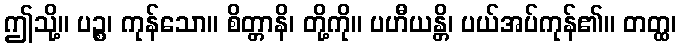
ဤသို့။ ပဉ္စ၊ ကုန်သော။ စိတ္တာနိ၊ တို့ကို။ ပဟီယန္တိ၊ ပယ်အပ်ကုန်၏။ တတ္ထ၊